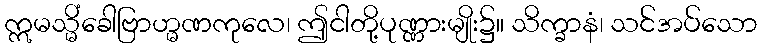
ဣမသ္မိံခေါဗြာဟ္မဏကုလေ၊ ဤငါတို့ပုဏ္ဏားမျိုး၌။ သိက္ခာနံ၊ သင်အပ်သော